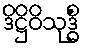
ဒိဋ္ဌိဝိသုဒ္ဓိံ